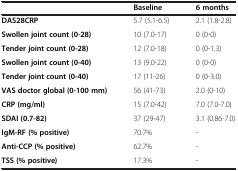
<table><thead><tr><td></td><td><b>Baseline</b></td><td><b>6 months</b></td></tr></thead><tbody><tr><td><b>DAS28CRP</b></td><td>5.7 (5.1-6.5)</td><td>2.1 (1.8-2.8)</td></tr><tr><td><b>Swollen joint count (0-28)</b></td><td>10 (7.0-17)</td><td>0 (0-0)</td></tr><tr><td><b>Tender joint count (0-28)</b></td><td>12 (7.0-18)</td><td>0 (0-1.3)</td></tr><tr><td><b>Swollen joint count (0-40)</b></td><td>13 (9.0-22)</td><td>0 (0-0)</td></tr><tr><td><b>Tender joint count (0-40)</b></td><td>17 (11-26)</td><td>0 (0-3.0)</td></tr><tr><td><b>VAS doctor global (0-100 mm)</b></td><td>56 (41-73)</td><td>2.0 (0-10)</td></tr><tr><td><b>CRP (mg/ml)</b></td><td>15 (7.0-42)</td><td>7.0 (7.0-7.0)</td></tr><tr><td><b>SDAI (0.7-82)</b></td><td>37 (29-47)</td><td>3.1 (0.86-7.0)</td></tr><tr><td><b>IgM-RF (% positive)</b></td><td>70.7%</td><td>-</td></tr><tr><td><b>Anti-CCP (% positive)</b></td><td>62.7%</td><td>-</td></tr><tr><td><b>TSS (% positive)</b></td><td>17.3%</td><td>-</td></tr></tbody></table>